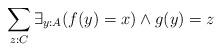
LaTeX: \begin{align*} \sum_{z:C}\exists_{y:A}(f(y)=x) \wedge g(y)=z \end{align*}